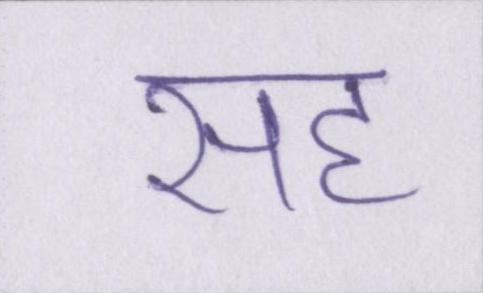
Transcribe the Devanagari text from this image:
सह